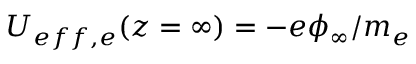
U _ { e f f , e } ( z = \infty ) = - e \phi _ { \infty } / m _ { e }